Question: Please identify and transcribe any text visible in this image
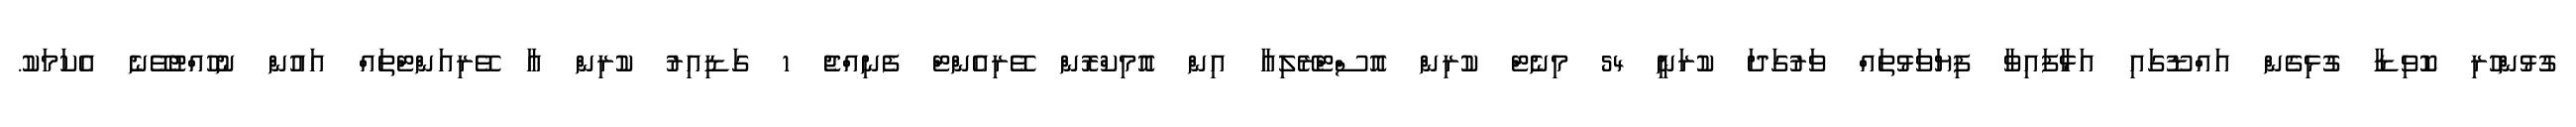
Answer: ގުޅުންހުރި ކޮވިޑާ ގުޅިގެން އައްޑޫގައި އަޅާފައިވާ ފިޔަވަޅުތައް ވަރުގަދަ ކުރަނީ 54 މިނެޓް ކުރިން އޮސްޓްރޭލިއާ އިން އޮމިކްރޮން ވޭރިއެންޓް ފެނިއްޖެ 1 ގަޑިއިރު ކުރިން އާ ވޭރިއަންޓްތައް އައުން ނުހުއްޓުވޭނެ އެކަމަކު.